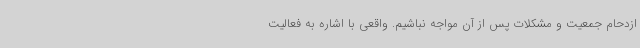
ازدحام جمعیت و مشکلات پس از آن مواجه نباشیم. واقعی با اشاره به فعالیت